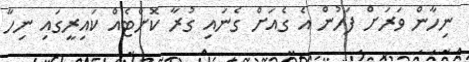
ނިހާން ވަރަށް ފަހުން އެ ގެއަށް ގެނައި ގުރާ ކޮށްޓެއް ކައިރީގައި ނިހާ